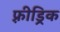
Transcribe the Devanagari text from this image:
फ़्रीड्रिक